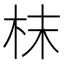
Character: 枺